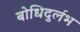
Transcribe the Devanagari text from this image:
बोधिदुर्लभ